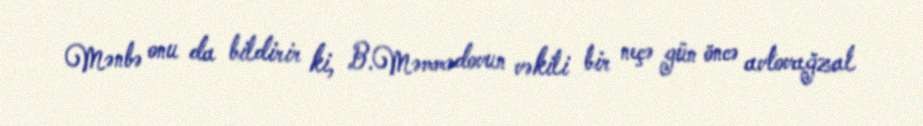
Mənbə onu da bildirir ki, B.Məmmədovun vəkili bir neçə gün öncə avtovağzal